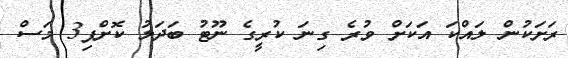
ރަށަކުން ލައްކަ އަކަށް ވުރެ ގިނަ ކުރީގެ ނޫޓު ބަދަލު ކޮށްފި3 މަސް